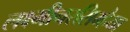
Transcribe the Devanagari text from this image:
लक्ष्मीनरसिम्हैया